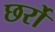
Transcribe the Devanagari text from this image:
छर्रो